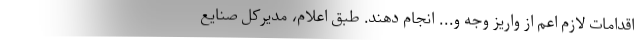
اقدامات لازم اعم از واریز وجه و... انجام دهند. طبق اعلام، مدیرکل صنایع